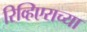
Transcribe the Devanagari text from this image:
रिव्हिएराच्या